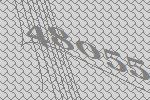
48055